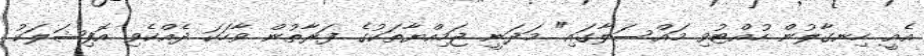
އެއީ ހިނގާލުން ހުއްޓުވި މައްސަލާގައި" މަދަނީ ޖަމިއްޔާތަކުގެ ފަރާތުން ވާހަކަ ދެއްކެވި އޮފިޝަލަކު